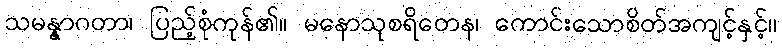
သမန္နာဂတာ၊ ပြည့်စုံကုန်၏။ မနောသုစရိတေန၊ ကောင်းသောစိတ်အကျင့်နှင့်။